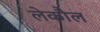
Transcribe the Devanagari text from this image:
लेकौल